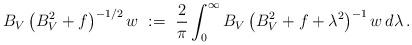
LaTeX: \begin{align*} B_V\left( B_V^2+f\right)^{-1/2}w\ :=\ \frac{2}{\pi}\int_0^\infty B_V\left( B_V^2+f+\lambda^2\right)^{-1}w\, d\lambda\,.\end{align*}